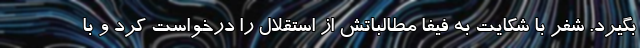
بگیرد. شفر با شکایت به فیفا مطالباتش از استقلال را درخواست کرد و با